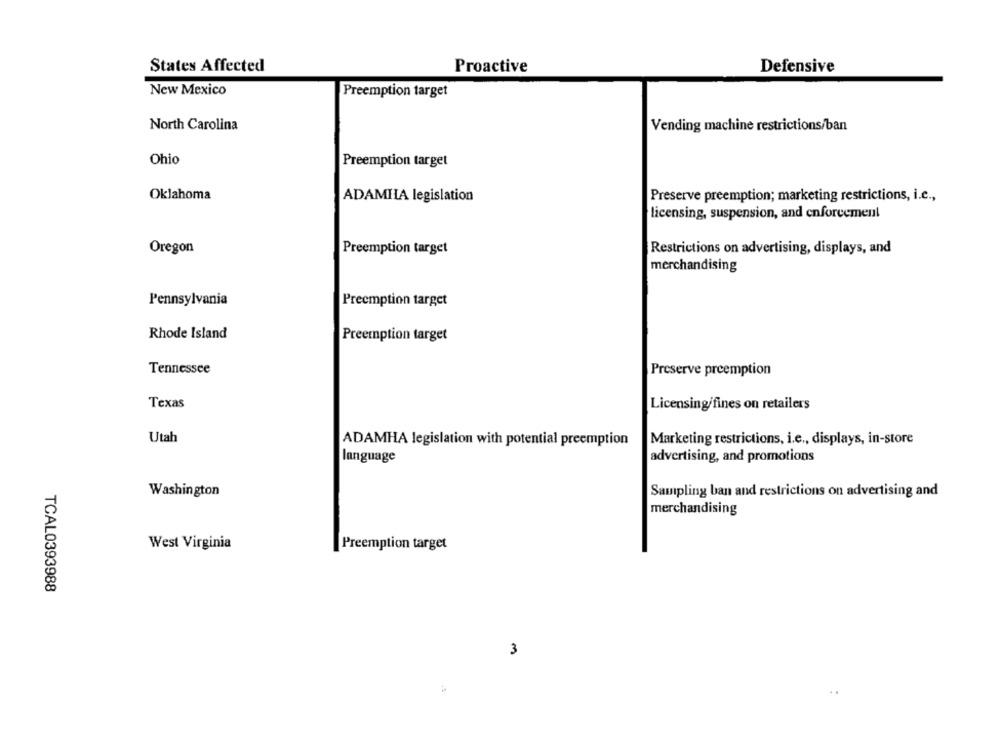
States Affected
Proactive
Defensive
New Mexico
Preemption target
North Carolina
Vending machine restrictions/ban
Ohio
Preemption target
Oklahoma
ADAMILA legislation
Preserve preemption; marketing restrictions, i.e .,
licensing, suspension, and enforcement
Oregon
Preemption target
Restrictions on advertising, displays, and
merchandising
Pennsylvania
Preemption target
Rhode Island
Preemption target
Tennessee
Preserve preemption
Texas
Licensing/fines on retailers
Utah
ADAMHA legislation with potential preemption
Marketing restrictions, i.e ., displays, in-store
language
advertising, and promotions
Washington
Sampling ban and restrictions on advertising and
merchandising
West Virginia
Preemption target
TCAL0393988
3